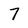
Character: 7